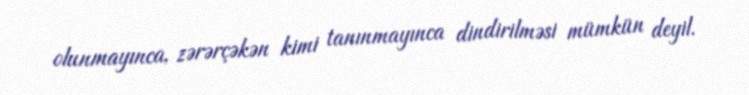
olunmayınca, zərərçəkən kimi tanınmayınca dindirilməsi mümkün deyil.